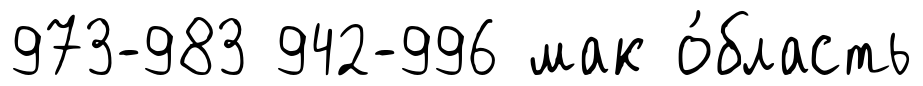
973-983 942-996 мак о́бласть